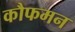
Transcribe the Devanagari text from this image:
कौफमन